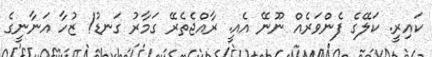
ކައިރީ. ކަލޭގެ ފެންވަރެއް ނޫނޭ އެއީ. ރާއްޖެތެރޭ ގަމާރު ގަނޑު! ޒުހާ އަނާނީގެ